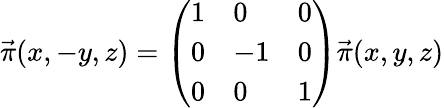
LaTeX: \vec{\pi}(x,-y,z)=\left(\begin{array}{lll}{{1}}&{{0}}&{{0}}\\ {{0}}&{{-1}}&{{0}}\\ {{0}}&{{0}}&{{1}}\end{array}\right)\vec{\pi}(x,y,z)